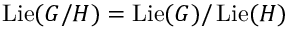
\operatorname { L i e } ( G / H ) = \operatorname { L i e } ( G ) / \operatorname { L i e } ( H )